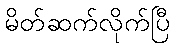
မိတ်ဆက်လိုက်ပြီ